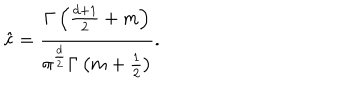
\hat { c } = \frac { \Gamma \left( \frac { d + 1 } { 2 } + m \right) } { \pi ^ { \frac { d } { 2 } } \Gamma \left( m + \frac 1 2 \right) } .